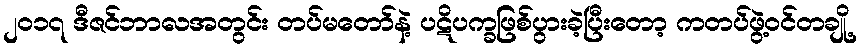
၂၀၁၇ ဒီဇင်ဘာလအတွင်း တပ်မတော်နဲ့ ပဋိပက္ခဖြစ်ပွားခဲ့ပြီးတော့ ကတပ်ဖွဲ့ဝင်တချို့